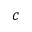
c